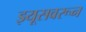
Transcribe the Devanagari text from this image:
झ्यूसवरून